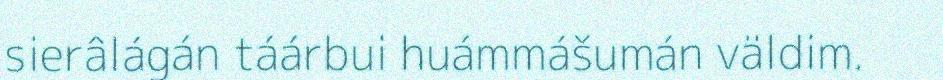
sierâlágán táárbui huámmášumán väldim.